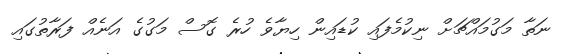
ނަތާ މަގުމައްޗަށް ނިކުމެފައި ކުޑައިން ހިޔާވެ ހުރެ ގޮސް މަގުގެ އަނެއް ފަރާތުގައި